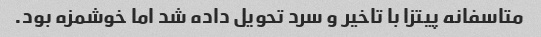
متاسفانه پیتزا با تاخیر و سرد تحویل داده شد اما خوشمزه بود.